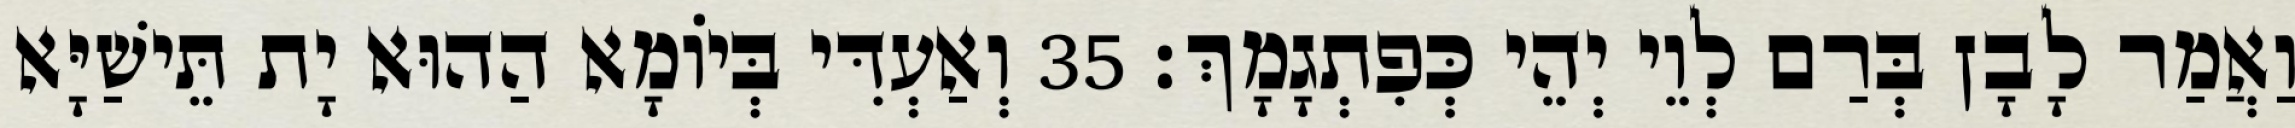
וַאֲמַר לָבָן בְּרַם לְוֵי יְהֵי כְּפִתְגָמָךְ׃ 35 וְאַעְדִּי בְּיוֹמָא הַהוּא יָת תֵּישַׁיָּא